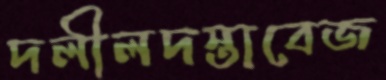
দলীলদস্তাবেজ